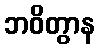
ဘဝိတွာန